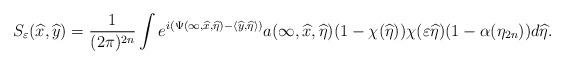
\begin{align*}S_\varepsilon(\widehat x,\widehat y)=\frac{1}{(2\pi)^{2n}}\int e^{i(\Psi(\infty,\widehat x,\widehat\eta)-\langle\widehat y,\widehat\eta\rangle)}a(\infty,\widehat x,\widehat\eta)(1-\chi(\widehat\eta))\chi(\varepsilon\widehat\eta)(1-\alpha(\eta_{2n}))d\widehat\eta.\end{align*}